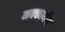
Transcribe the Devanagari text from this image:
मक्कार्थेय